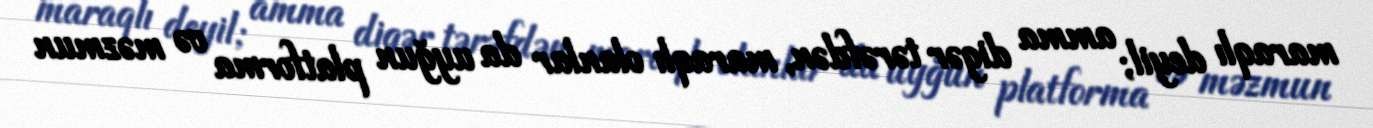
maraqlı deyil; amma digər tərəfdən, maraqlı olanlar da uyğun platforma və məzmun